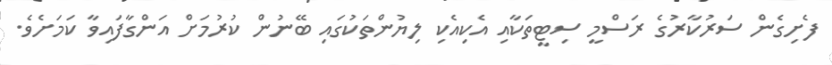
ފެށިގެން ސަރުކާރުގެ ރަސްމީ ސިޓީތަކާއި އެކިއެކި ލިޔުންތަކުގައި ބޭނުން ކުރުމަށް އަންގާފައިވާ ކަމަށެވެ.